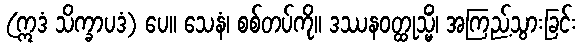
(ဣဒံ သိက္ခာပဒံ) ပေ။ သေနံ၊ စစ်တပ်ကို။ ဒဿနဝတ္ထုသ္မိံ၊ အကြည့်သွားခြင်း